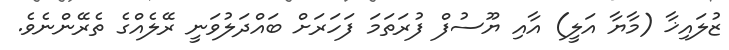
ޒުލައިޚާ (މާޔާ އަލީ) އާއި ޔޫސުފް ފުރަތަމަ ފަހަރަށް ބައްދަލުވަނީ ރޭލެއްގެ ތެރޭންނެވެ.